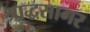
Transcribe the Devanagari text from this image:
श्राद्धसागर